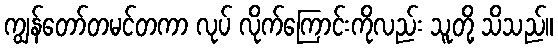
ကျွန်တော်တမင်တကာ လုပ် လိုက်ကြောင်းကိုလည်း သူတို့ သိသည်။